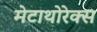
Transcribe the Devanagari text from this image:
मेटाथोरेक्स